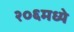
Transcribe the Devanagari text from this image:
२०६मध्ये